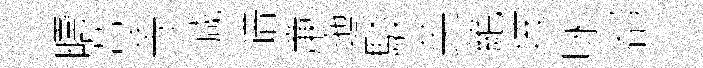
疇荳䓁减谱亷迤駁英絶垓咏郤